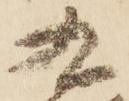
九